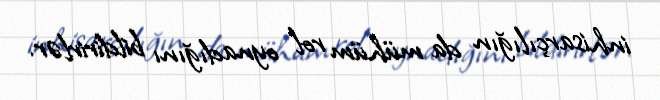
inhisarçılığın da mühüm rol oynadığını bildirirlər.